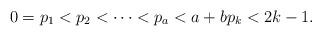
LaTeX: \begin{align*}0 = p_1 < p_2 < \cdots < p_a < a+b p_k < 2k-1. \end{align*}